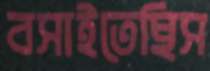
বসাইতেছিস